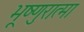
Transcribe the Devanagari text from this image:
भूष्णुरात्मा